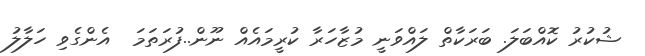
ޝުކުރު ކޮއްބަލަ. ބަރަކާތް ލައްވަނީ މުޒާހަރާ ކުރީމައެއް ނޫން..ފުރަތަމަ  އެންގެވި ހަލާލު